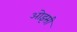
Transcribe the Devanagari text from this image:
ओइसी